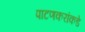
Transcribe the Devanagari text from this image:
पाटणकरांकडे